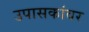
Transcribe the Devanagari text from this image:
उपासकांवर